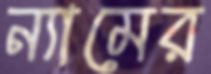
ন্যামের